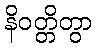
နိဝတ္တိတွာ